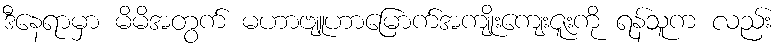
ဒီနေရာမှာ မိမိအတွက် မဟာဗျူဟာမြောက်အကျိုးကျေးဇူးကို ရန်သူက လည်း